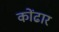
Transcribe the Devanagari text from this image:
कोंढार